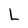
Character: L